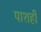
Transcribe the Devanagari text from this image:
पाशही